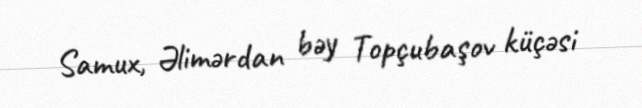
Samux, Əlimərdan bəy Topçubaşov küçəsi